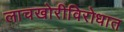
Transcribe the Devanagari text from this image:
लाचखोरीविरोधात